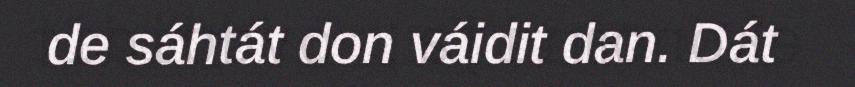
de sáhtát don váidit dan. Dát